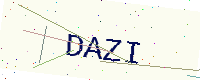
Text: DAZI